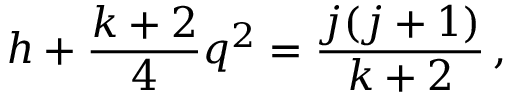
h + \frac { k + 2 } { 4 } q ^ { 2 } = \frac { j ( j + 1 ) } { k + 2 } \, ,